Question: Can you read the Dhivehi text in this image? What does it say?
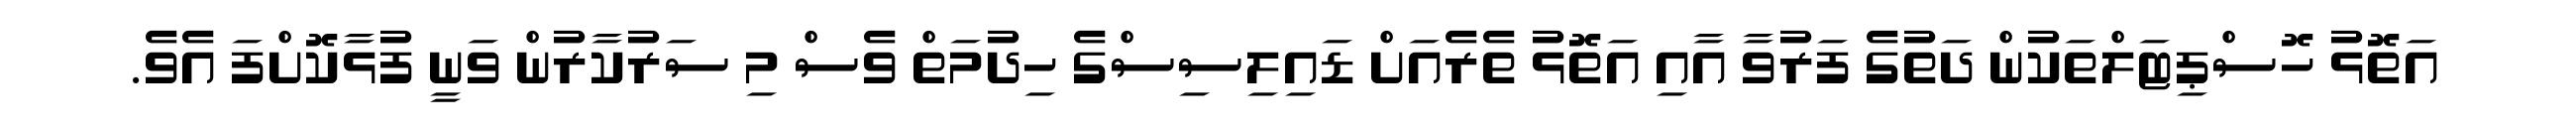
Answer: އަތޮޅު ހޮސްޕިޓަލްތަކުން ދަތުގެ ފަރުވާ އާއި އަތޮޅު ތެރެއަށް ޑައިލިސިސްގެ ހިދުމަތް ވެސް މި ސަރުކާރުން ވަނީ ފުޅާކޮށްފަ އެވެ.